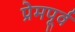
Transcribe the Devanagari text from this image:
प्रेमपूर्व